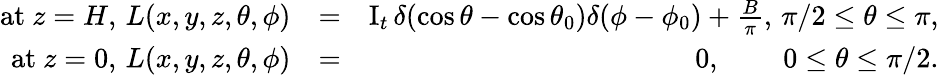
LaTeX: \begin{array}{rlr}{\mathrm{at~}z=H,\, L(x,y,z,\theta,\phi)}&{=}&{\mathrm{I}_{t}\, \delta(\cos\theta-\cos\theta_{0})\delta(\phi-\phi_{0})+\frac{B}{\pi},\, \pi/2\le\theta\le\pi,}\\ {\mathrm{at~}z=0,\, L(x,y,z,\theta,\phi)}&{=}&{0,\, \qquad 0\le\theta\le\pi/2.}\end{array}